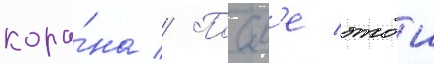
кора́на // Посл'е этои